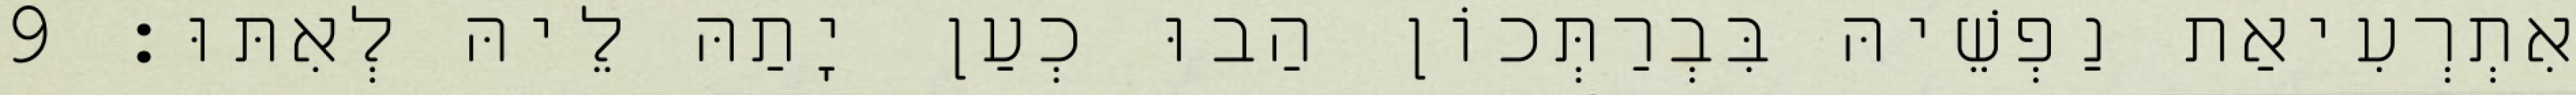
אִתְרְעִיאַת נַפְשֵׁיהּ בִּבְרַתְּכוֹן הַבוּ כְעַן יָתַהּ לֵיהּ לְאִתּוּ׃ 9